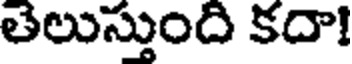
తెలుస్తుంది కదా!